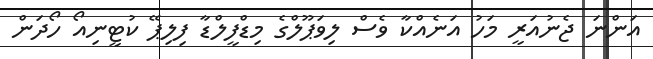
އަންނަ ޖެނުއަރީ މަހު އަނެއްކާ ވެސް ލިވަޕޫލްގެ މިޑްފީލްޑާ ފިލިޕޭ ކުޓީނިއޯ ހޯދަން